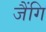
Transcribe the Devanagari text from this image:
जैंगि